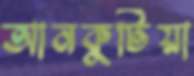
আনকুটিয়া